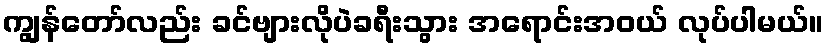
ကျွန်တော်လည်း ခင်ဗျားလိုပဲခရီးသွား အရောင်းအဝယ် လုပ်ပါမယ်။